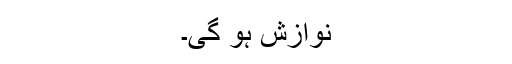
نوازش ہو گی۔